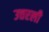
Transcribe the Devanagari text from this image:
उत्तरली